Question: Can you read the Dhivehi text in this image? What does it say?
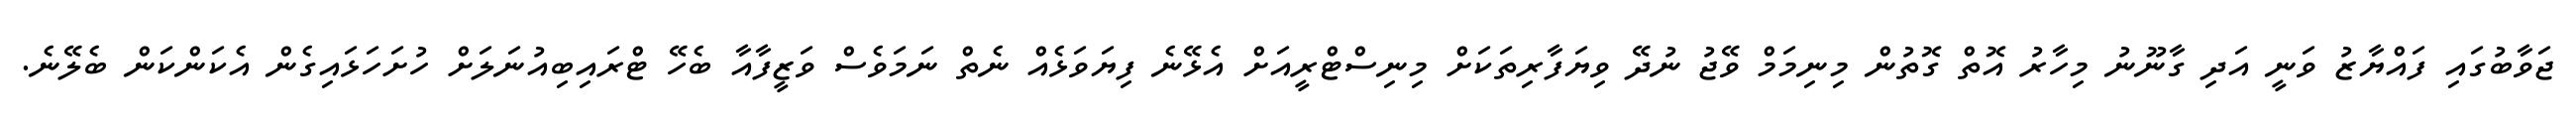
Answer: ޖަވާބުގައި ފައްޔާޒު ވަނީ އަދި ގާނޫނު މިހާރު އޮތް ގޮތުން މިނިމަމް ވޭޖު ނުދޭ ވިޔަފާރިތަކަށް މިނިސްޓްރީއަށް އެޅޭނެ ފިޔަވަޅެއް ނެތް ނަމަވެސް ވަޒީފާއާ ބެހޭ ޓްރައިބިއުނަލަށް ހުށަހަޅައިގެން އެކަންކަން ބެލޭނެ.